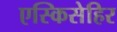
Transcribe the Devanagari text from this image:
एस्किसेहिर